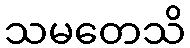
သမတေသိ